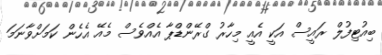
ބިއުޓިފުލް ރައީސް އަކީ އެއީ މިހާރު ގްރޭންޑްޕާ އެއްވެސް މެއޭ އެހެން ކަމަށްވާނަމަ